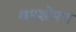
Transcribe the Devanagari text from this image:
श्रमशोषण